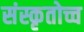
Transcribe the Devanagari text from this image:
संस्कृतोच्च